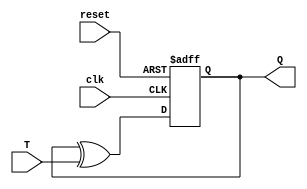
module T_flip_flop (
    input T,
    input clk,
    input reset,
    output reg Q
);

reg D;

// XOR gate to toggle D input based on current state and T input
assign D = Q ^ T;

// D flip-flop to store the toggled value
always @(posedge clk or posedge reset)
begin
    if (reset)
        Q <= 1'b0; // Reset Q when reset signal is high
    else
        Q <= D; // Update Q with the toggled value on rising edge of clock signal
end

endmodule